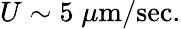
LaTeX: U\sim 5\; \mu\textrm{m}/\textrm{sec}.